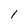
Character: l